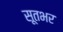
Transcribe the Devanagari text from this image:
सूतभर